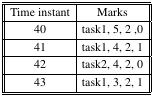
<table><thead><tr><td><b>Time instant</b></td><td><b>Marks</b></td></tr></thead><tbody><tr><td>40</td><td>task1, 5, 2 ,0</td></tr><tr><td>41</td><td>task1, 4, 2, 1</td></tr><tr><td>42</td><td>task2, 4, 2, 0</td></tr><tr><td>43</td><td>task1, 3, 2, 1</td></tr></tbody></table>